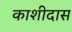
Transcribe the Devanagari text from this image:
काशीदास